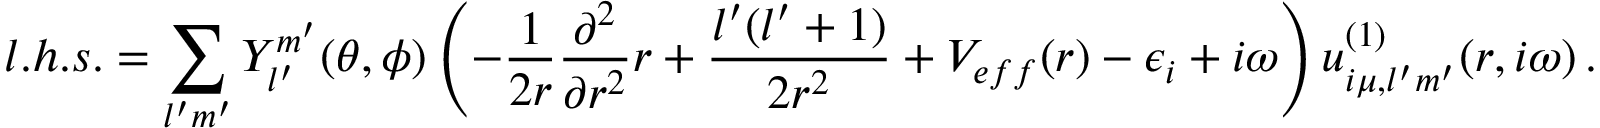
l . h . s . = \sum _ { l ^ { \prime } m ^ { \prime } } Y _ { l ^ { \prime } } ^ { m ^ { \prime } } ( \theta , \phi ) \left( - \frac { 1 } { 2 r } \frac { \partial ^ { 2 } } { \partial r ^ { 2 } } r + \frac { l ^ { \prime } ( l ^ { \prime } + 1 ) } { 2 r ^ { 2 } } + V _ { e f f } ( r ) - \epsilon _ { i } + i \omega \right) u _ { i \mu , l ^ { \prime } m ^ { \prime } } ^ { ( 1 ) } ( r , i \omega ) \, .